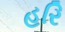
હરિ